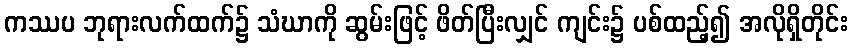
ကဿပ ဘုရားလက်ထက်၌ သံဃာကို ဆွမ်းဖြင့် ဖိတ်ပြီးလျှင် ကျင်း၌ ပစ်ထည့်၍ အလိုရှိတိုင်း